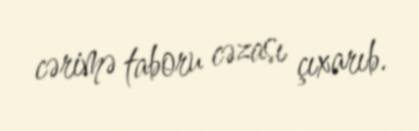
cərimə taboru cəzası çıxarıb.